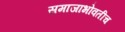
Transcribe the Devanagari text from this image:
समाजाभोवतीच